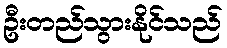
ဦးတည်သွားနိုင်သည်